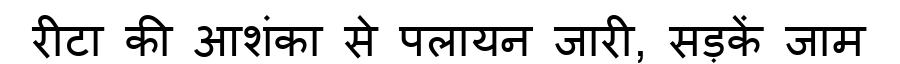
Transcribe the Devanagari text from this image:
रीटा की आशंका से पलायन जारी, सड़कें जाम